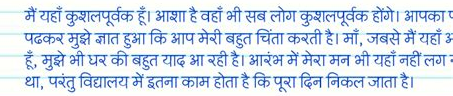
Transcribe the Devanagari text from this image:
मैं यहाँ कुशलपूर्वक हूँ। आशा है वहाँ भी सब लोग कुशलपूर्वक होंगे। आपका पत्र
पढ़कर मुझे ज्ञात हुआ कि आप मेरी बहुत चिंता करती है। माँ, जबसे मैं यहाँ आ
हूँ, मुझे भी घर की बहुत याद आ रही है। आरंभ में मेरा मन भी यहाँ नहीं लग रहा
था, परंतु विद्यालय में इतना काम होता है कि पूरा दिन निकल जाता है।